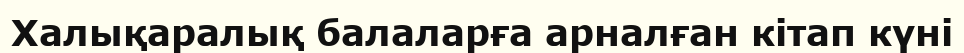
Халықаралық балаларға арналған кітап күні